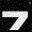
Digit: 7